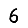
Digit: 6